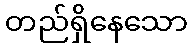
တည်ရှိနေသော